Annual report of the Punjab Veterinary College and of the Civil Veterinary Department, Punjab - 1894-1908
Year: 1894
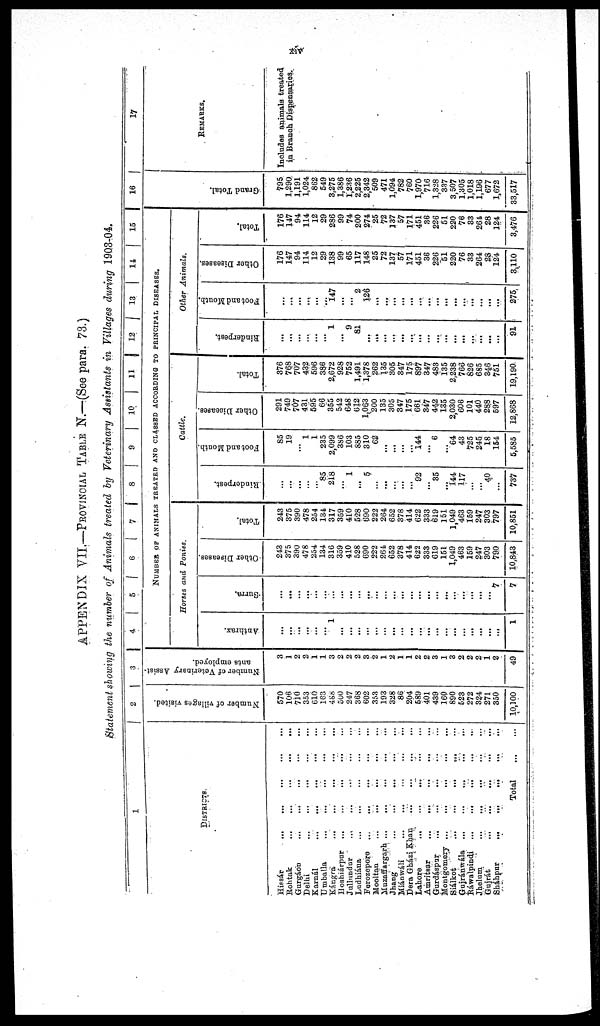
xiv
APPENDIX VII.—PROVINCIAL TABLE N.—(See para. 73.)
Statement showing the number of Animals treated by Veterinary Assistants in Villages during 1903-04.
1
DISTRICTS.
Hissár ... ... ... ... ... ...
Rohtak
...
...
...
...
...
Gurgáon ... ... ... ... ... ... ... ...
Delhi
...
...
...
...
...
Karnál
...
...
...
...
Umballa
...
...
...
...
...
Kángra
...
...
...
...
...
...
Hoshiárpur
... ... ... ... ...
Jullundur
...
...
...
...
Ludhiána ... ... ... ... ...
Ferozepora
...
... ... ... ... ...
Mooltan ... ... ... ... ...
Muzaffargarh
...
...
...
...
...
...
Jhang
...
...
...
...
...
...
Miánwáli ... ... ... ... ... ...
Dera Gházi Khan ... ... ... ... ...
Lahore
... ... ... ... ...
Amritsar ... ... ... ... ... ...
Gurdáspur ... ... ... ... ... ...
Montgomery ...
... ... ... ... ...
Siálkot
...
...
...
...
...
...
Gujránwála
...
...
...
...
...
...
Ráwalpindi
...
...
...
...
...
...
Jhelum
... ... ... ... ...
Gujrát
...
...
...
...
Sháhpur
...
...
... ... ... ...
Total
...
...
2
Number of villages visited.
570
106
710
353
610
163
488
500
247
368
602
353
193
328
86
204
589
401
439
160
890
523
272
324
271
350
10,100
3
Number of Veterinary Assist-
ants employed.
3
1
2
2
1
1
3
2
2
2
3
2
1
2
1
1
2
2
3
1
3
2
2
2
1
2
49
4
5
6
7
8
9
10 11
12
13 14 15
NUMBER OF ANIMALS TREATED AND CLASSED ACCORDING TO PRINCIPAL DISEASES.
Horses and Ponies.
Anthrax.
...
...
...
...
...
...
1
...
...
...
...
...
...
...
...
...
...
...
...
...
...
...
...
...
...
...
1
Surra.
...
...
...
...
...
...
...
...
...
...
...
...
...
...
...
...
...
...
...
...
...
...
...
...
...
7
7
Other Diseases.
243
375
390
478
254
134
316
359
410
528
690
222
264
652
378
414
622
333
619
151
1,049
463
159
247
303
790
10,843
Total.
243
375
390
478
254
134
317
359
410
528
690
222
264
652
378
414
622
333
619
151
1,049
463
159
247
303
797
10,851
Cattle.
Rinderpest.
...
...
...
...
...
85
218
...
1
...
5
...
...
...
...
...
92
...
35
...
144
117
...
...
40
...
737
Foot and Mouth.
85
19
...
1
1
235
2,099
386
103
885
310
62
...
...
...
...
144
...
6
...
64
43
725
245
18
154
5,585
Other Diseases.
291
749
707
431
595
66
355
542
648
612
1,063
200
135
305
347
175
661
347
442
135
2,030
606
101
440
288
597
12,868
Total.
376
768
707
432
596
386
2,672
928
752
1,491
1,378
262
135
305
347
175
897
347
483
135
2,238
766
826
685
346
751
19,190
Other Animals.
Rinderpest.
...
...
...
...
...
...
1
...
9
81
...
...
...
...
...
...
...
...
...
...
...
...
...
...
...
...
91
Foot and Mouth.
...
...
...
...
...
147
...
...
2
126
...
...
...
...
...
...
...
...
...
...
...
...
...
...
...
275
Other Diseases.
176
147
94
114
12
29
138
99
65
117
148
25
72
137
57
171
451
36
226
51
220
76
33
264
28
124
3,110
Total.
176
147
94
114
12
29
286
99
74
200
274
25
72
137
57
171
451
36
226
51
220
76
33
264
28
124
3,476
16
Gr a nd Tot al .
795
1,290
1,191
1,024
862
549
3,275
1,386
1,236
2,225
2,342
509
471
1,094
782
760
1,970
716
1,328
337
3,507
1,305
1,018
1,196
677
1,672
33,517
17
REMARKS.
Includes animals treated
in Branch Dispensaries.